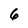
Character: 6